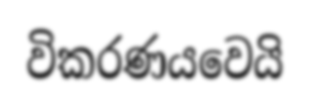
විකරණයවෙයි